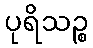
ပုရိသဉ္စ